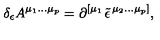
\delta _ { \epsilon } A ^ { \mu _ { 1 } \ldots \mu _ { p } } = \partial ^ { \left[ \mu _ { 1 } \right. } \tilde { \epsilon } ^ { \left. \mu _ { 2 } \ldots \mu _ { p } \right] } ,